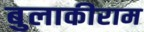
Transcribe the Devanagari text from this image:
बुलाकीराम